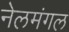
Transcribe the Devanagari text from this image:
नेलमंगल